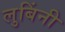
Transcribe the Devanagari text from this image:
लुबिंनी